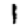
Digit: 1